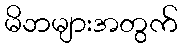
မိဘများအတွက်